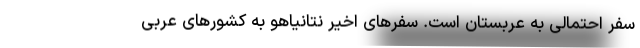
‌سفر احتمالی به عربستان است. سفرهای اخیر نتانیاهو به کشورهای عربی